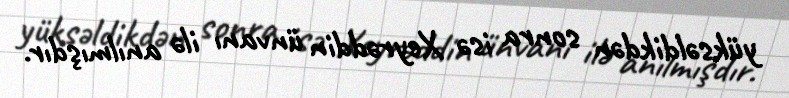
yüksəldikdən sonra isə Xeyrəddin ünvanı ilə anılmışdır.